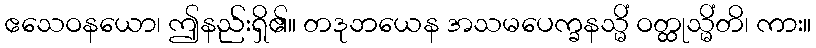
ဧသေဝနယော၊ ဤနည်းရှိ၏။ တဒုဘယေန အသမပေက္ခနသ္မိံ ဝတ္ထုသ္မိံတိ၊ ကား။